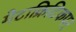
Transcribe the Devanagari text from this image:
मेटाक्रिटिकपर